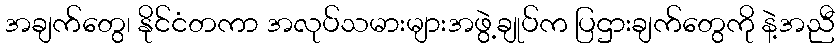
အချက်တွေ၊ နိုင်ငံတကာ အလုပ်သမားများအဖွဲ့ချုပ်က ပြဌားချက်တွေကို နဲ့အညီ